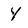
Character: Y